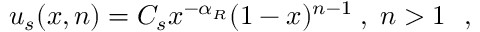
u _ { s } ( x , n ) = C _ { s } x ^ { - \alpha _ { R } } ( 1 - x ) ^ { n - 1 } \; , \; n > 1 \ \ ,